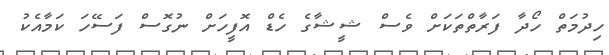
ހިދުމަތް ހޯދާ ފަރާތްތަަކަށް ވެސް ޝީޝާގެ ހެޑް އޮފީހަށް ނުގޮސް ފަސޭހަ ކަމާއެކު